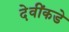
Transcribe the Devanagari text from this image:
देवींकडे